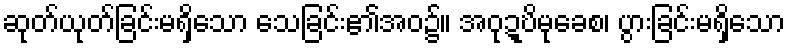
ဆုတ်ယုတ်ခြင်းမရှိသော သေခြင်း၏အဝ၌။ အဝုဍ္ဎိမုခေစ၊ ပွားခြင်းမရှိသော